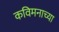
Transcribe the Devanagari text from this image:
कविमनाच्या